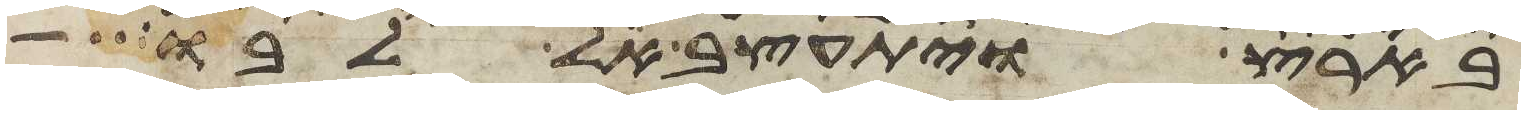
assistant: בארץ ויתעצב אל לבו